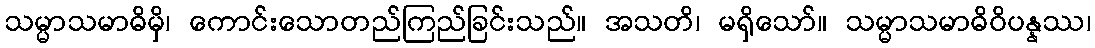
သမ္မာသမာဓိမှိ၊ ကောင်းသောတည်ကြည်ခြင်းသည်။ အသတိ၊ မရှိသော်။ သမ္မာသမာဓိဝိပန္နဿ၊